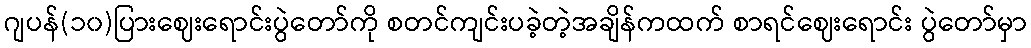
ဂျပန်(၁၀)ပြားဈေးရောင်းပွဲတော်ကို စတင်ကျင်းပခဲ့တဲ့အချိန်ကထက် စာရင်ဈေးရောင်း ပွဲတော်မှာ